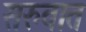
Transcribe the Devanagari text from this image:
सरुवात